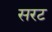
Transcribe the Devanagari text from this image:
सरट